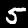
Label: 5